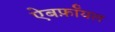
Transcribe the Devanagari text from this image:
ऐबर्फ़ाॅयल